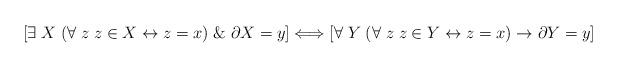
LaTeX: \begin{align*}[\exists \; X \; (\forall \; z \; z\in X \leftrightarrow z=x) \; \& \; \partial X=y]\Longleftrightarrow [\forall \; Y \; (\forall \; z \; z\in Y \leftrightarrow z=x) \rightarrow \partial Y=y]\end{align*}